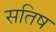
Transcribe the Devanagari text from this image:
सतिष